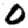
Digit: 0